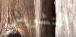
التشويش